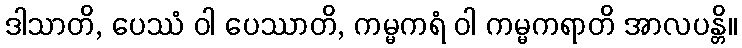
ဒါသာတိ, ပေဿံ ဝါ ပေဿာတိ, ကမ္မကရံ ဝါ ကမ္မကရာတိ အာလပန္တိ။